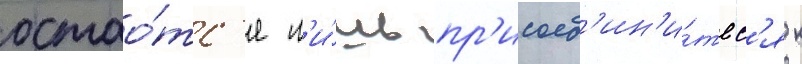
остао́тс'я л'и́шь пр'исоед'ин'и́тьс'я к